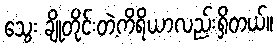
သွေး ချိုတိုင်းတဲ့ကိရိယာလည်းရှိတယ်။